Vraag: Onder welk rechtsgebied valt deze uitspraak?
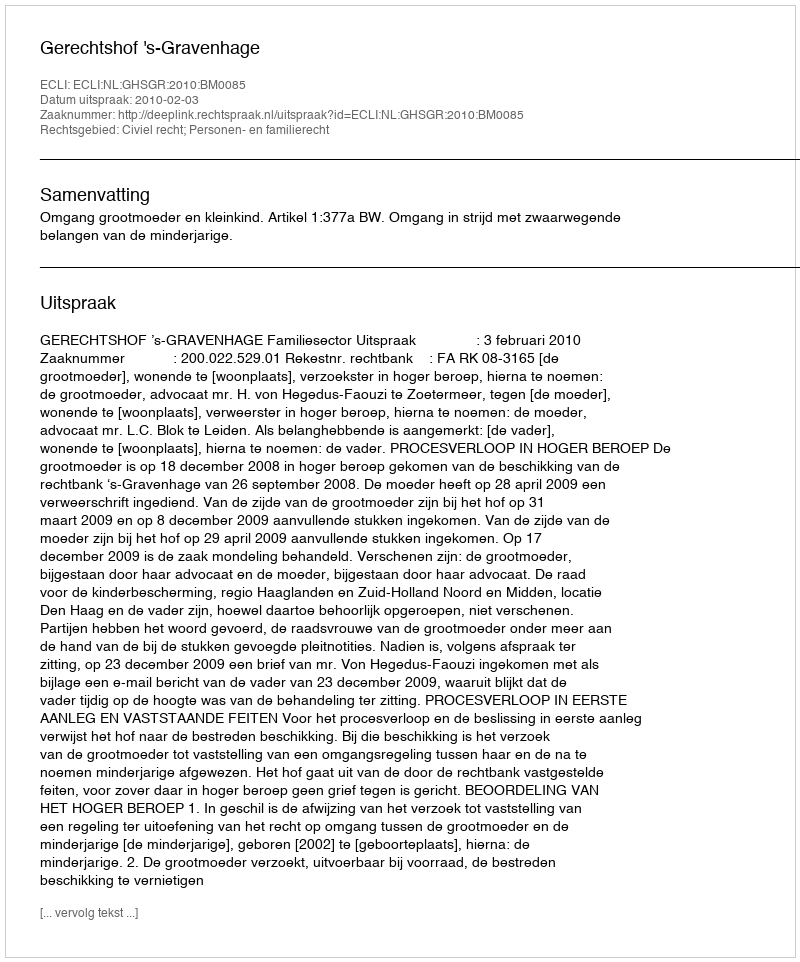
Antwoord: Civiel recht; Personen- en familierecht